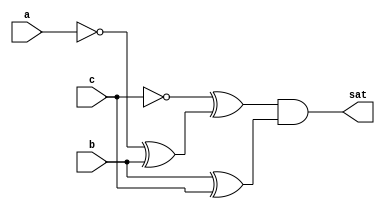
// Benchmark "test2" written by ABC on Mon Oct  3 15:37:06 2022

module test2 ( 
    a, b, c,
    sat  );
  input  a, b, c;
  output sat;
  wire new_new_n0__, new_new_n1__;
  assign new_new_n0__ = ~c ^ (~a ^ b);
  assign new_new_n1__ = b ^ c;
  assign sat = new_new_n0__ & new_new_n1__;
endmodule